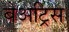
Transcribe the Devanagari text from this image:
बेअट्रिस